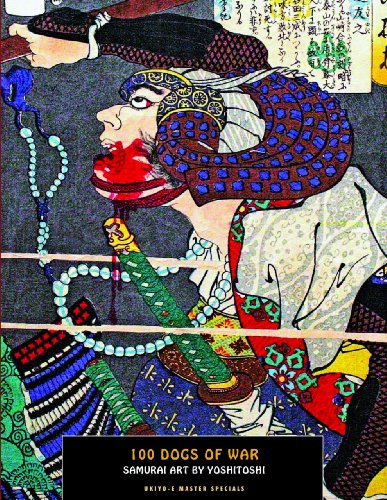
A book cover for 100 Dogs Of War: Samurai Art by Yoshitoshi (Ukiyo-e Master Specials); Arts & Photography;